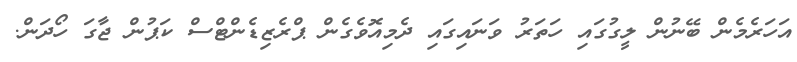
އަހަރެމެން ބޭނުން ލީގުގައި ހަތަރު ވަނައިގައި ދެމިއޮވެގެން ޕްރެޒިޑެންޓްސް ކަޕުން ޖާގަ ހޯދަން.